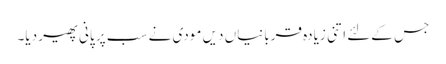
جس کےلئے اتنی زیادہ قربانیاں دیں مودی نے سب پر پانی پھیر دیا۔